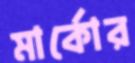
মার্কোর